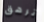
ترهق